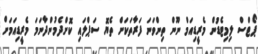
ޕޯޓްސް ލިމިޓެޑުން މެރީޑިއަމް ނޫން ތިންވަނަ ފަރާތަކަށް ތެޔޮ ސަޕްލައި ކޮށްދެމުންދާނަމަ މެރީޑިއަމަށް